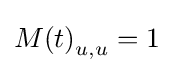
{M(t)}_{u,u}=1